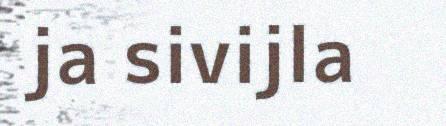
ja sivijla